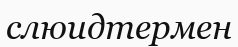
слюидтермен